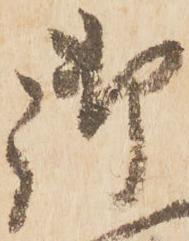
御